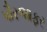
પૌરજાફર